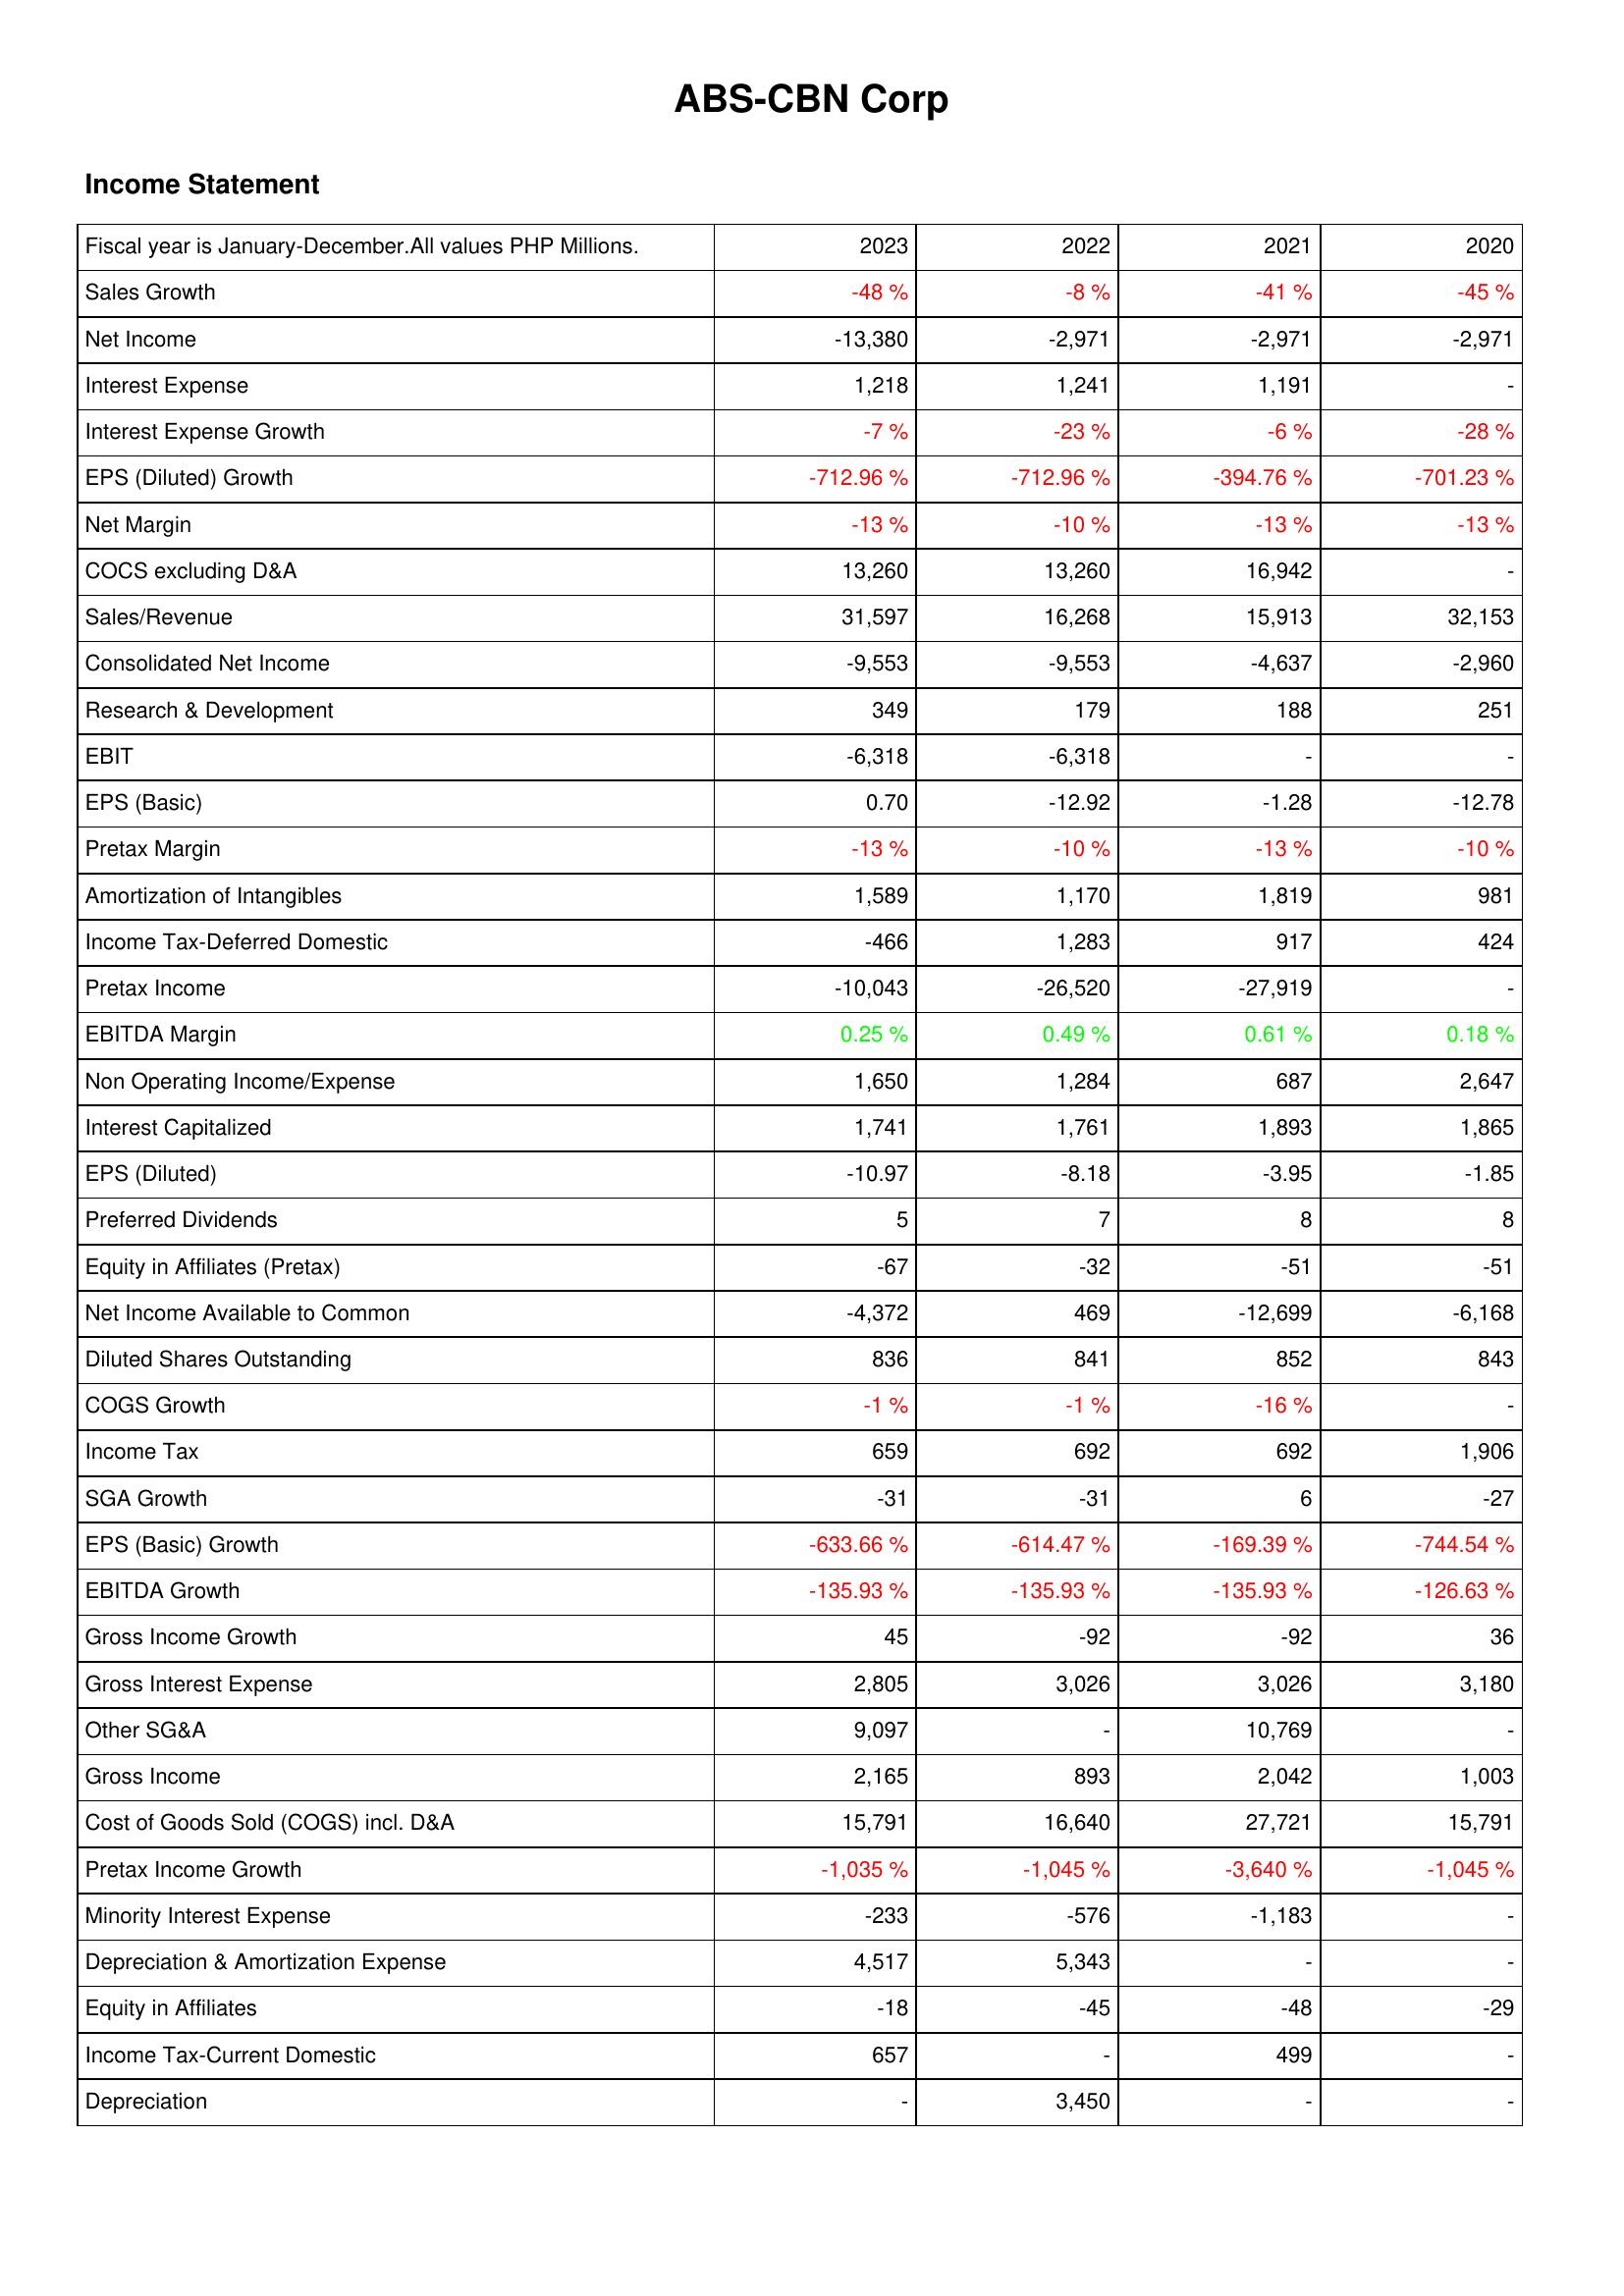
2023: Income Statement: Sales Growth: -48 %
Net Income: -13,380
Interest Expense: 1,218
Interest Expense Growth: -7 %
EPS (Diluted) Growth: -712.96 %
Net Margin: -13 %
COCS excluding D&A: 13,260
Sales/Revenue: 31,597
Consolidated Net Income: -9,553
Research & Development: 349
EBIT: -6,318
EPS (Basic): 0.70
Pretax Margin: -13 %
Amortization of Intangibles: 1,589
Income Tax-Deferred Domestic: -466
Pretax Income: -10,043
EBITDA Margin: 0.25 %
Non Operating Income/Expense: 1,650
Interest Capitalized: 1,741
EPS (Diluted): -10.97
Preferred Dividends: 5
Equity in Affiliates (Pretax): -67
Net Income Available to Common: -4,372
Diluted Shares Outstanding: 836
COGS Growth: -1 %
Income Tax: 659
SGA Growth: -31
EPS (Basic) Growth: -633.66 %
EBITDA Growth: -135.93 %
Gross Income Growth: 45
Gross Interest Expense: 2,805
Other SG&A: 9,097
Gross Income: 2,165
Cost of Goods Sold (COGS) incl. D&A: 15,791
Pretax Income Growth: -1,035 %
Minority Interest Expense: -233
Depreciation & Amortization Expense: 4,517
Equity in Affiliates: -18
Income Tax-Current Domestic: 657
Depreciation: -
2022: Income Statement: Sales Growth: -8 %
Net Income: -2,971
Interest Expense: 1,241
Interest Expense Growth: -23 %
EPS (Diluted) Growth: -712.96 %
Net Margin: -10 %
COCS excluding D&A: 13,260
Sales/Revenue: 16,268
Consolidated Net Income: -9,553
Research & Development: 179
EBIT: -6,318
EPS (Basic): -12.92
Pretax Margin: -10 %
Amortization of Intangibles: 1,170
Income Tax-Deferred Domestic: 1,283
Pretax Income: -26,520
EBITDA Margin: 0.49 %
Non Operating Income/Expense: 1,284
Interest Capitalized: 1,761
EPS (Diluted): -8.18
Preferred Dividends: 7
Equity in Affiliates (Pretax): -32
Net Income Available to Common: 469
Diluted Shares Outstanding: 841
COGS Growth: -1 %
Income Tax: 692
SGA Growth: -31
EPS (Basic) Growth: -614.47 %
EBITDA Growth: -135.93 %
Gross Income Growth: -92
Gross Interest Expense: 3,026
Other SG&A: -
Gross Income: 893
Cost of Goods Sold (COGS) incl. D&A: 16,640
Pretax Income Growth: -1,045 %
Minority Interest Expense: -576
Depreciation & Amortization Expense: 5,343
Equity in Affiliates: -45
Income Tax-Current Domestic: -
Depreciation: 3,450
2021: Income Statement: Sales Growth: -41 %
Net Income: -2,971
Interest Expense: 1,191
Interest Expense Growth: -6 %
EPS (Diluted) Growth: -394.76 %
Net Margin: -13 %
COCS excluding D&A: 16,942
Sales/Revenue: 15,913
Consolidated Net Income: -4,637
Research & Development: 188
EBIT: -
EPS (Basic): -1.28
Pretax Margin: -13 %
Amortization of Intangibles: 1,819
Income Tax-Deferred Domestic: 917
Pretax Income: -27,919
EBITDA Margin: 0.61 %
Non Operating Income/Expense: 687
Interest Capitalized: 1,893
EPS (Diluted): -3.95
Preferred Dividends: 8
Equity in Affiliates (Pretax): -51
Net Income Available to Common: -12,699
Diluted Shares Outstanding: 852
COGS Growth: -16 %
Income Tax: 692
SGA Growth: 6
EPS (Basic) Growth: -169.39 %
EBITDA Growth: -135.93 %
Gross Income Growth: -92
Gross Interest Expense: 3,026
Other SG&A: 10,769
Gross Income: 2,042
Cost of Goods Sold (COGS) incl. D&A: 27,721
Pretax Income Growth: -3,640 %
Minority Interest Expense: -1,183
Depreciation & Amortization Expense: -
Equity in Affiliates: -48
Income Tax-Current Domestic: 499
Depreciation: -
2020: Income Statement: Sales Growth: -45 %
Net Income: -2,971
Interest Expense: -
Interest Expense Growth: -28 %
EPS (Diluted) Growth: -701.23 %
Net Margin: -13 %
COCS excluding D&A: -
Sales/Revenue: 32,153
Consolidated Net Income: -2,960
Research & Development: 251
EBIT: -
EPS (Basic): -12.78
Pretax Margin: -10 %
Amortization of Intangibles: 981
Income Tax-Deferred Domestic: 424
Pretax Income: -
EBITDA Margin: 0.18 %
Non Operating Income/Expense: 2,647
Interest Capitalized: 1,865
EPS (Diluted): -1.85
Preferred Dividends: 8
Equity in Affiliates (Pretax): -51
Net Income Available to Common: -6,168
Diluted Shares Outstanding: 843
COGS Growth: -
Income Tax: 1,906
SGA Growth: -27
EPS (Basic) Growth: -744.54 %
EBITDA Growth: -126.63 %
Gross Income Growth: 36
Gross Interest Expense: 3,180
Other SG&A: -
Gross Income: 1,003
Cost of Goods Sold (COGS) incl. D&A: 15,791
Pretax Income Growth: -1,045 %
Minority Interest Expense: -
Depreciation & Amortization Expense: -
Equity in Affiliates: -29
Income Tax-Current Domestic: -
Depreciation: -